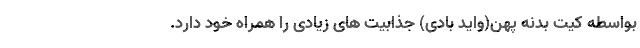
بواسطه کیت بدنه پهن(واید بادی) جذابیت های زیادی را همراه خود دارد.